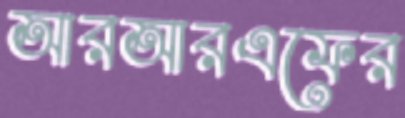
আরআরএফের